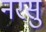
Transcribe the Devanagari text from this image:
नरसु